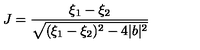
J = { \frac { \xi _ { 1 } - \xi _ { 2 } } { \sqrt { ( \xi _ { 1 } - \xi _ { 2 } ) ^ { 2 } - 4 | b | ^ { 2 } } } }